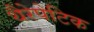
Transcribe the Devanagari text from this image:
थैरेपेटिक